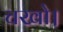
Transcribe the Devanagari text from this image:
चखो।